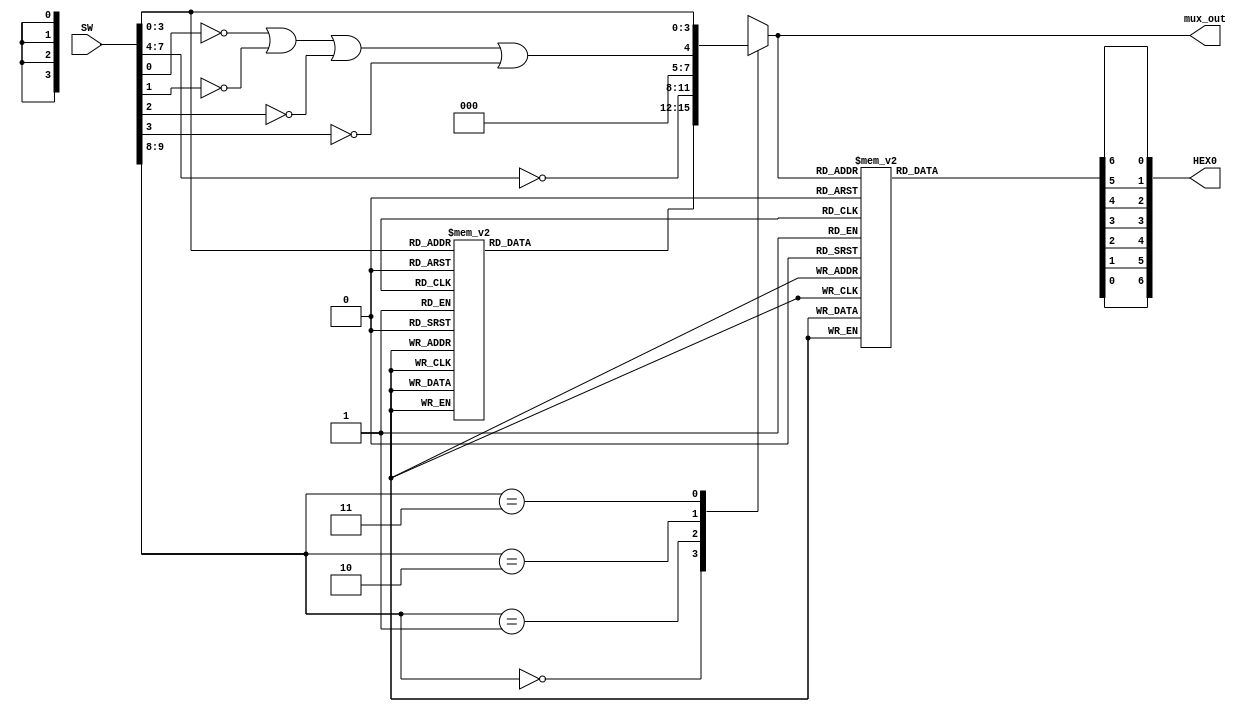
module lab1 (
	input      [9:0] SW,

	output     [7:0] HEX0,
	output reg [3:0] mux_out
);

	// DC1
	reg [3:0] dc1_out;
	
	always @(*)
	begin
		case (SW[3:0])
			4'b0001 : dc1_out = 4'd1;
			4'b0010 : dc1_out = 4'd1;
			4'b0011 : dc1_out = 4'd1;
			4'b0100 : dc1_out = 4'd1;
			4'b0101 : dc1_out = 4'd2;
			4'b0110 : dc1_out = 4'd1;
			4'b0111 : dc1_out = 4'd1;
			4'b1001 : dc1_out = 4'd1;
			4'b1010 : dc1_out = 4'd1;
			4'b1011 : dc1_out = 4'd1;
			4'b1101 : dc1_out = 4'd1;
			
			default : dc1_out = 4'd0;
		endcase
	end

	// DC2
	wire [3:0] dc2_out;
	assign dc2_out = ~SW[7:4];
	
	
	// f
	wire f_out;
	
	assign f_out = ~SW[0] || ~SW[1] || ~SW[2] || ~SW[3];
	
	// MUX
	// reg [3:0] mux_out;
	
	always @(*)
	begin
		case (SW[9:8])
			2'b00 : mux_out = dc1_out;
			2'b01 : mux_out = dc2_out;
			2'b10 : mux_out = f_out;
			2'b11 : mux_out = SW[3:0];
			
			default : mux_out = 4'd0;
		endcase
	end
	
	// DC-HEX
	reg [6:0] hex_inv;
	
	always @(*)
	begin
		case (mux_out)
			4'h0 : hex_inv = 7'b0000001;
			4'h1 : hex_inv = 7'b1001111;
			4'h2 : hex_inv = 7'b0010010;
			4'h3 : hex_inv = 7'b0000110;
			4'h4 : hex_inv = 7'b1001100;
			4'h5 : hex_inv = 7'b0100100;
			4'h6 : hex_inv = 7'b0100000;
			4'h7 : hex_inv = 7'b0001111;
			4'h8 : hex_inv = 7'b0000000;
			4'h9 : hex_inv = 7'b0000100;
			4'hA : hex_inv = 7'b0001000;
			4'hB : hex_inv = 7'b1100000;
			4'hC : hex_inv = 7'b0110001;
			4'hD : hex_inv = 7'b1000010;
			4'hE : hex_inv = 7'b0110000;
			4'hF : hex_inv = 7'b0111000;
		endcase
	end

	
	assign HEX0[6] = hex_inv[0];
	assign HEX0[5] = hex_inv[1];
	assign HEX0[4] = hex_inv[2];
	assign HEX0[3] = hex_inv[3];
	assign HEX0[2] = hex_inv[4];
	assign HEX0[1] = hex_inv[5];
	assign HEX0[0] = hex_inv[6];
	
endmodule